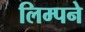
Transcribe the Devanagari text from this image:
लिम्पने